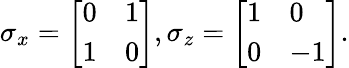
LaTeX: \sigma_{x}=\left[\begin{array}{ll}{0}&{1}\\ {1}&{0}\end{array}\right],\sigma_{z}=\left[\begin{array}{ll}{1}&{0}\\ {0}&{-1}\end{array}\right].